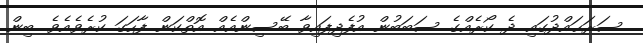
ސަރަޙައްދުގައި ދެ ކޯރެއްގެ ސަބަބުން އުފެދިފައިވާ ބޭސިންއެއް އޮތްކަން ފާހަގަ ކުރެވެއެވެ. ބިން